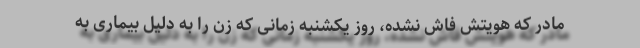
مادر که هویتش فاش نشده، روز یکشنبه زمانی که زن را به دلیل بیماری به